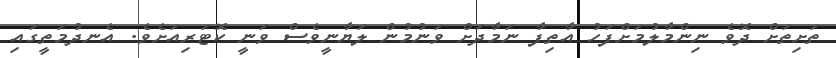
ތަށިތަށް ދޮވެ ނިންމާލުމަށްފަހު އާތިފާ ނަމާދަށް ވަނުމުން ލަޔާނީވެސް ވަނީ ކޮޓަރިއަށެވެ. އެނދުމަތީގައި